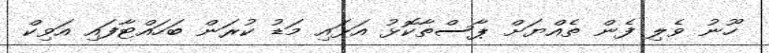
ހޫނު ވެލި ފެން ތެއްޔަށް ޕާސްތާކޮޅު އަޅައި މަޑު ކުރަން ބަހައްޓާފައި އަވިކް